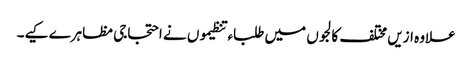
علاوہ ازیں مختلف کالجوں میں طلباء تنظیموں نے احتجاجی مظاہرے کیے۔